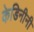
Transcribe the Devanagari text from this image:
केडिनीनी